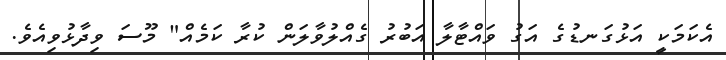
އެކަމަކީ އަޅުގަނޑުގެ އަގު ވައްޓާލާ އަބުރު ގެއްލުވާލަން ކުރާ ކަމެއް" މޫސަ ވިދާޅުވިއެވެ.